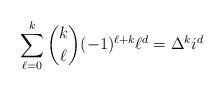
LaTeX: \begin{align*} \sum_{\ell=0}^k \binom{k}{\ell} (-1)^{\ell+k} \ell^d = \Delta^k i^d\end{align*}